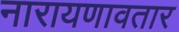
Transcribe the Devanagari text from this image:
नारायणावतार